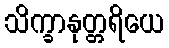
သိက္ခာနုတ္တရိယေ